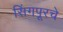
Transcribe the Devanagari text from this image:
सिंगपूरचे